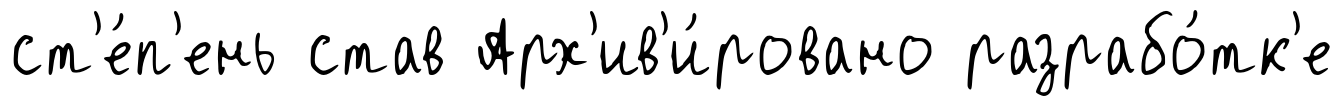
ст'е́п'ень став Арх'ив'и́ровано разрабо́тк'е